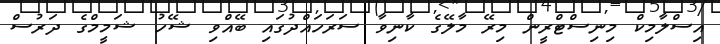
އިސްލާމިކް މިނިސްޓްރީން މިރޭ މާލޭގެ ކާނިވާ ސަރަހައްދުގައި ބޭއްވި ޝޭހު ޝަމީމްގެ ދަރުސް